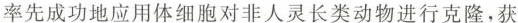
率先成功地应用体细胞对非人灵长类动物进行克隆，获